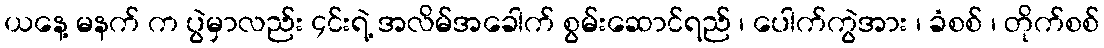
ယနေ့ မနက် က ပွဲမှာလည်း ၄င်းရဲ့ အလိမ်အခေါက် စွမ်းဆောင်ရည် ၊ ပေါက်ကွဲအား ၊ ခံစစ် ၊ တိုက်စစ်